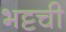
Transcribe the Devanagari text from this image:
भट्टची